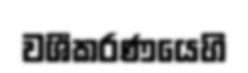
වශීකරණයෙහි